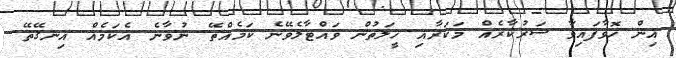
އިން ހޮވާފައިވާ ސަރުކާރެއް މަކަރާއި ހީލަތުން ވައްޓާލެވޭނެ ކަމެއްތޭ. ނުވާނެ އެކަމެއް އިނގޭތޭ.